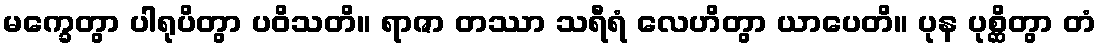
မက္ခေတွာ ပါရုပိတွာ ပဝိသတိ။ ရာဇာ တဿာ သရီရံ လေဟိတွာ ယာပေတိ။ ပုန ပုစ္ဆိတွာ တံ